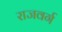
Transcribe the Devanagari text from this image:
राजवर्ग